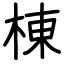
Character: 棟